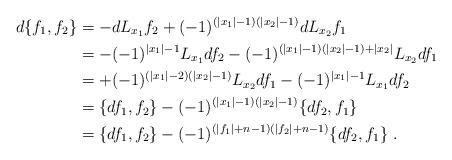
LaTeX: \begin{align*}d\{f_1,f_2\}&=-dL_{x_1}f_2 +(-1)^{(|x_1|-1)(|x_2|-1)} dL_{x_2}f_1\\&= -(-1)^{|x_1|-1}L_{x_1}df_2 -(-1)^{(|x_1|-1)(|x_2|-1)+|x_2|} L_{x_2}df_1\\&= +(-1)^{(|x_1|-2)(|x_2|-1)}L_{x_2}df_1 -(-1)^{|x_1|-1}L_{x_1}df_2\\&= \{df_1,f_2\} - (-1)^{(|x_1|-1)(|x_2|-1)}\{df_2,f_1\}\\&= \{df_1,f_2\} - (-1)^{(|f_1|+n-1)(|f_2|+n-1)}\{df_2,f_1\}\;.\end{align*}